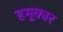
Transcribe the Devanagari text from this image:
हमूकार